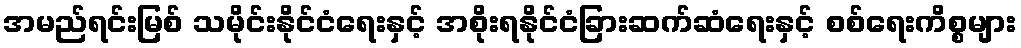
အမည်ရင်းမြစ် သမိုင်းနိုင်ငံရေးနှင့် အစိုးရနိုင်ငံခြားဆက်ဆံရေးနှင့် စစ်ရေးကိစ္စများ